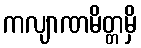
ကလျာဏမိတ္တမှိ